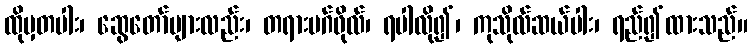
ထိုမှတပါး၊ ဆွေတော်များလည်း၊ တရားမဂ်ဖိုလ်၊ ရပါလို၍၊ ကုသိုလ်ဆယ်ပါး၊ ရည်၍ထားသည်။